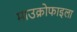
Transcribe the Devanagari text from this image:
माउक्रोफाइला